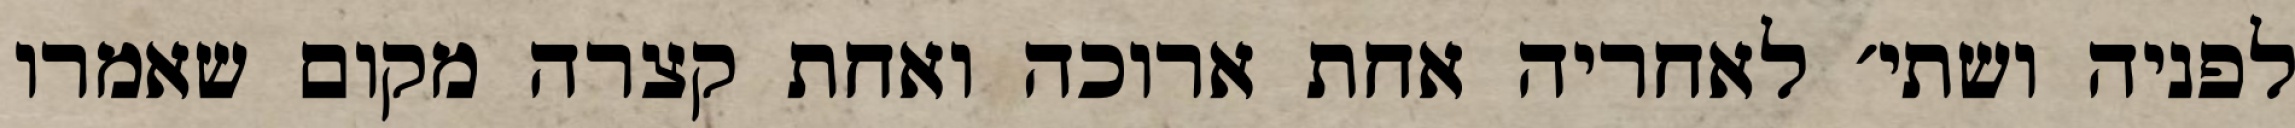
לפניה ושתי׳ לאחריה אחת ארוכה ואחת קצרה מקום שאמרו